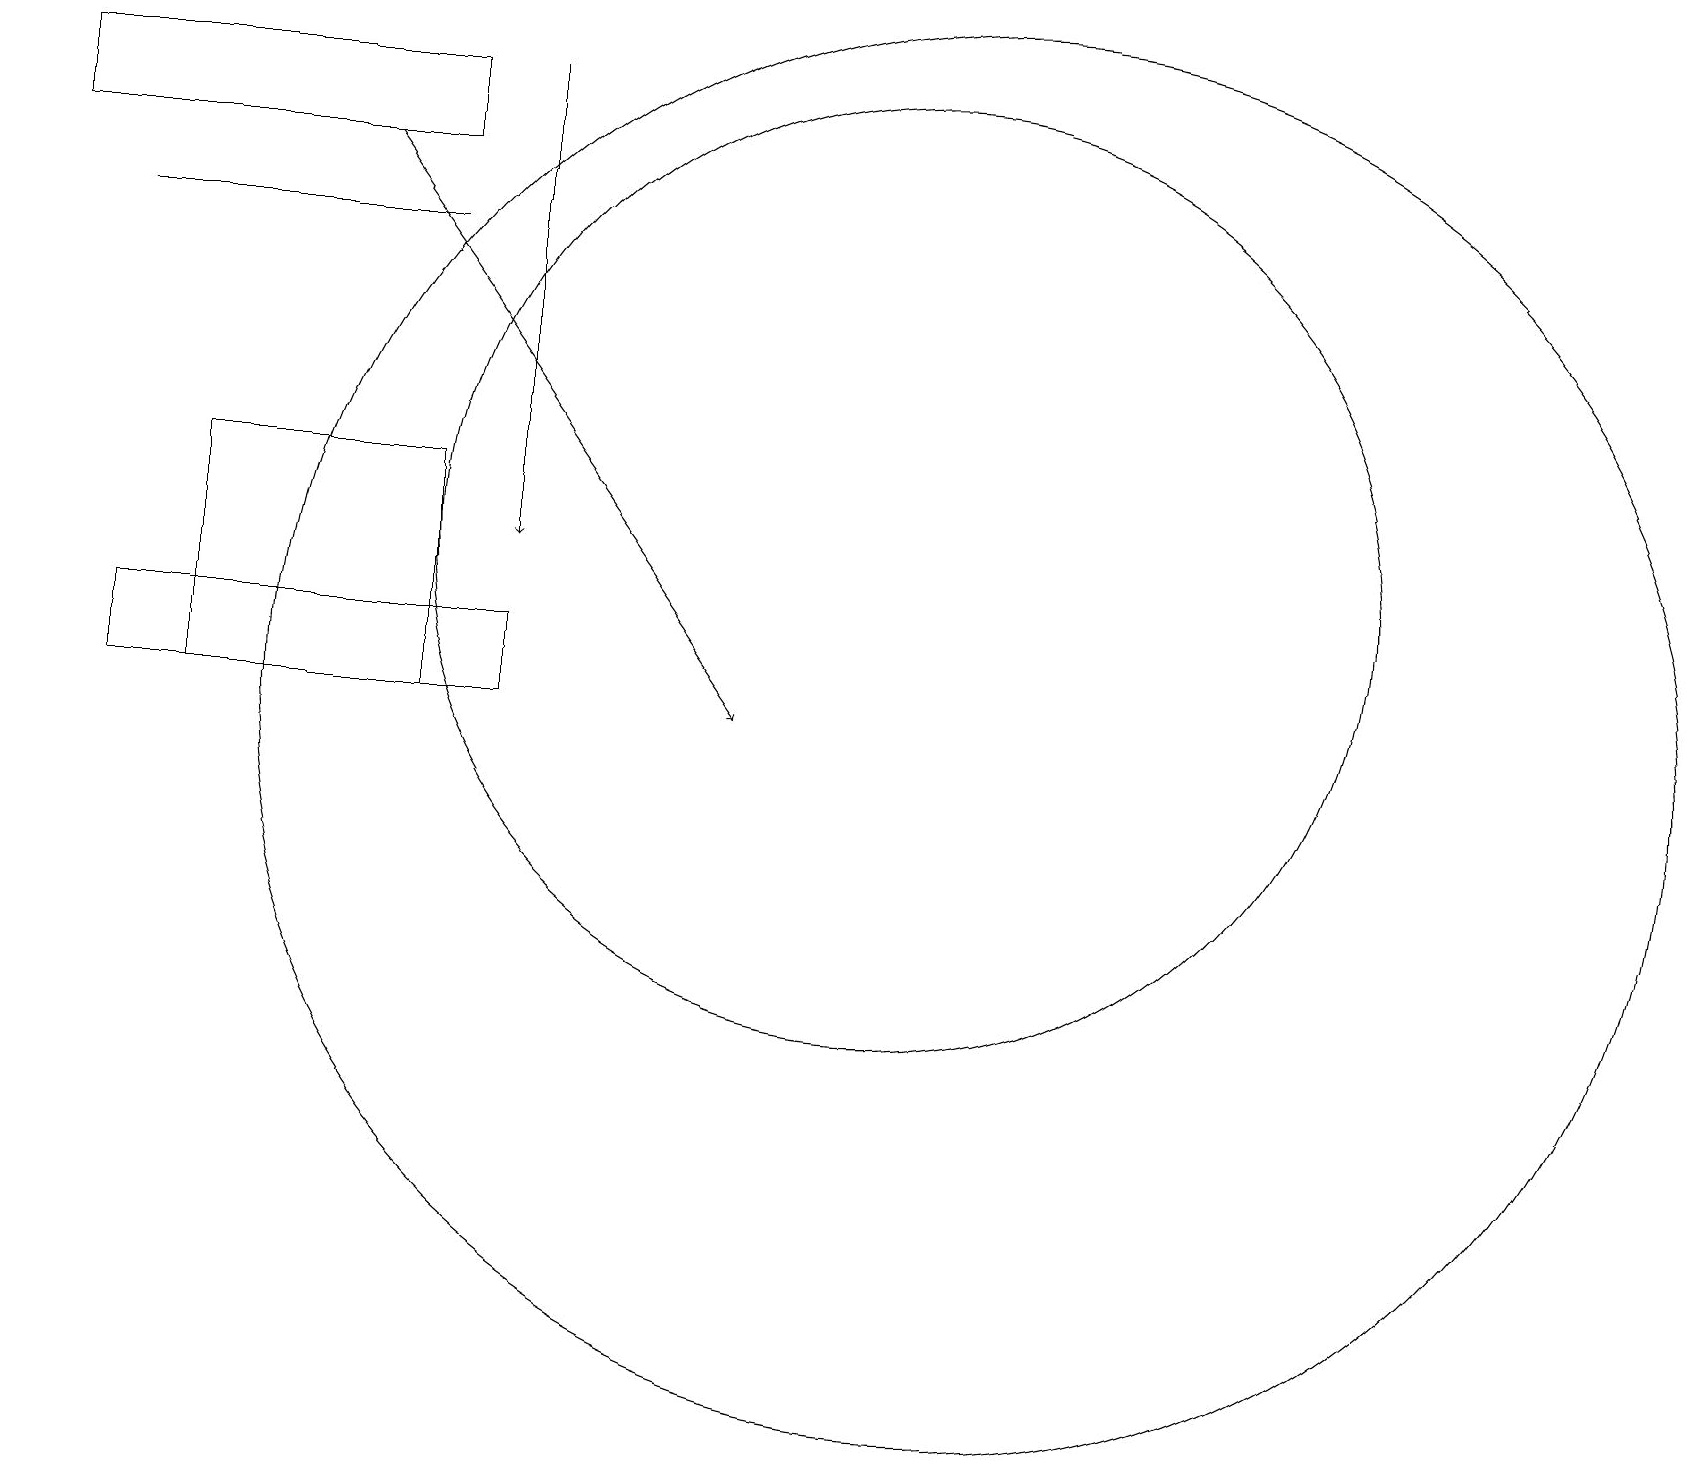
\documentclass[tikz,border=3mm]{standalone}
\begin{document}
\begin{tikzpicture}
\draw (5,10) rectangle (2,13);
\draw (5,17) rectangle (0,18);
\draw (1,16) rectangle (5,16);
\draw[->] (6,18) -- (6,12);
\draw (12,10) circle (9);
\draw (11,12) circle (6);
\draw (1,10) rectangle (6,11);
\draw[->] (4,17) -- (9,10);
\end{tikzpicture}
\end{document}